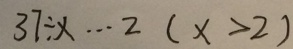
3 7 \div x \cdots 2 ( x > 2 )